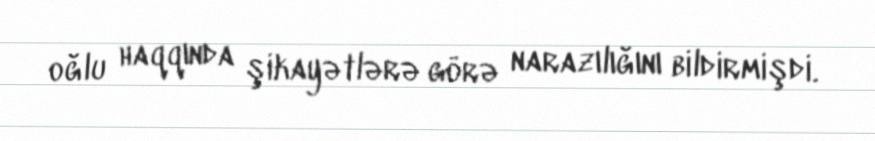
oğlu haqqında şikayətlərə görə narazılığını bildirmişdi.